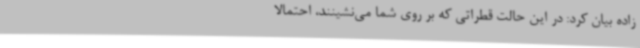
زاده بیان کرد: در این حالت قطراتی که بر روی شما می‌نشینند، احتمالا